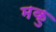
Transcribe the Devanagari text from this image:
मकु